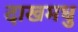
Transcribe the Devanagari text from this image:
दाखमधु